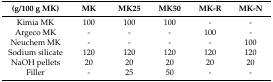
<table><thead><tr><td><b>(g/100 g MK)</b></td><td><b>MK</b></td><td><b>MK25</b></td><td><b>MK50</b></td><td><b>MK-R</b></td><td><b>MK-N</b></td></tr></thead><tbody><tr><td>Kimia MK</td><td>100</td><td>100</td><td>100</td><td>-</td><td>-</td></tr><tr><td>Argeco MK</td><td>-</td><td>-</td><td>-</td><td>100</td><td>-</td></tr><tr><td>Neuchem MK</td><td>-</td><td>-</td><td>-</td><td>-</td><td>100</td></tr><tr><td>Sodium silicate</td><td>120</td><td>120</td><td>120</td><td>120</td><td>120</td></tr><tr><td>NaOH pellets</td><td>20</td><td>20</td><td>20</td><td>20</td><td>20</td></tr><tr><td>Filler</td><td>-</td><td>25</td><td>50</td><td>-</td><td>-</td></tr></tbody></table>